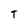
Character: T